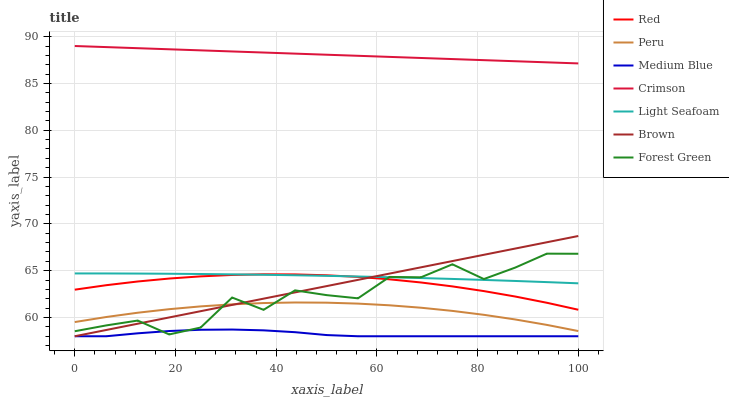
| xaxis_label | Red | Peru | Medium Blue | Crimson | Light Seafoam | Brown | Forest Green |
 | --- | --- | --- | --- | --- | --- | --- | --- |
 | 0 | 63 | 59.5 | 58 | 89 | 64.7 | 58 | 58.5 |
 | 6.25 | 63.5 | 60.1 | 58 | 88.9 | 64.7 | 58.7 | 59.2 |
 | 12.5 | 63.8 | 60.5 | 58.3 | 88.8 | 64.7 | 59.3 | 59.7 |
 | 18.8 | 64.2 | 60.9 | 58.6 | 88.7 | 64.7 | 60 | 58.2 |
 | 25 | 64.4 | 61.2 | 58.7 | 88.5 | 64.6 | 60.7 | 58.9 |
 | 31.2 | 64.5 | 61.4 | 58.7 | 88.4 | 64.6 | 61.3 | 62.1 |
 | 37.5 | 64.6 | 61.5 | 58.6 | 88.3 | 64.6 | 62 | 60.8 |
 | 43.8 | 64.6 | 61.6 | 58.4 | 88.2 | 64.5 | 62.7 | 62.9 |
 | 50 | 64.5 | 61.6 | 58.1 | 88.1 | 64.5 | 63.4 | 62.4 |
 | 56.2 | 64.3 | 61.5 | 58 | 88 | 64.4 | 64 | 62.1 |
 | 62.5 | 64.1 | 61.3 | 58 | 87.8 | 64.3 | 64.7 | 64.3 |
 | 68.8 | 63.7 | 61 | 58 | 87.7 | 64.2 | 65.4 | 64.3 |
 | 75 | 63.3 | 60.7 | 58 | 87.6 | 64.1 | 66 | 65.7 |
 | 81.2 | 62.8 | 60.3 | 58 | 87.5 | 64 | 66.7 | 64.1 |
 | 87.5 | 62.2 | 59.8 | 58 | 87.4 | 63.9 | 67.4 | 65.3 |
 | 93.8 | 61.6 | 59.2 | 58 | 87.3 | 63.8 | 68 | 66.8 |
 | 100 | 60.8 | 58.6 | 58 | 87.1 | 63.7 | 68.7 | 66.8 |